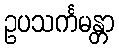
ဥပသင်္ကမန္တာ